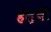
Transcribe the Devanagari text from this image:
हेल्थी